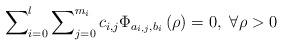
LaTeX: \begin{align*}\sum\nolimits_{i=0}^{l} \sum\nolimits_{j=0}^{m_{i}}c_{i,j}\Phi_{a_{i,j},b_{i}}\left( \rho\right) =0,\,\, \forall \rho>0\end{align*}